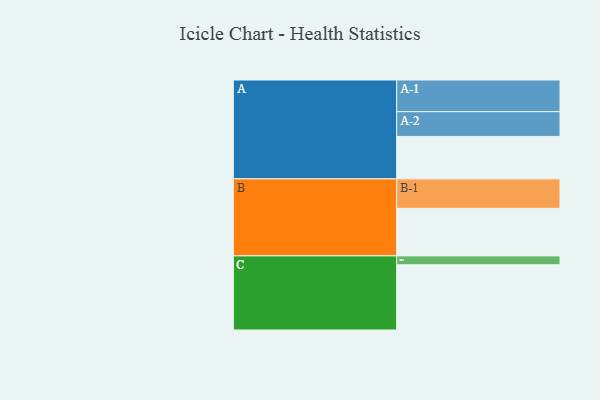
{"axis": {"x": "Segment", "y": "Value"}, "legend": ["", "A", "B", "C"], "data": [{"x": "A", "y": 367, "type": ""}, {"x": "B", "y": 411, "type": ""}, {"x": "C", "y": 564, "type": ""}, {"x": "A-1", "y": 274, "type": "A"}, {"x": "A-2", "y": 214, "type": "A"}, {"x": "B-1", "y": 255, "type": "B"}, {"x": "C-1", "y": 77, "type": "C"}]}